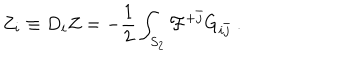
Z _ { i } \equiv D _ { i } Z = - { \frac { 1 } { 2 } } \int _ { S _ { 2 } } { \cal F } ^ { + \bar { j } } G _ { i \bar { j } } \ .